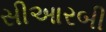
સીઆરબી